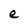
Character: e